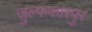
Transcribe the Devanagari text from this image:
जुल्फकारपुर